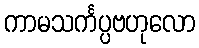
ကာမသင်္ကပ္ပဗဟုလော